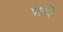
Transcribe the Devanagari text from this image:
पतत्रि